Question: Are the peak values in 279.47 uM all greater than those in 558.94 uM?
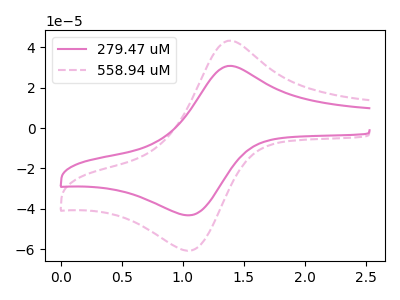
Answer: <think>The pink curve "279.47 uM" has an anodic peak at (1.40V, 30.75uA) and a cathodic peak at (1.05V, -43.25uA). The pink dashed curve "558.94 uM" has an anodic peak at (1.40V, 43.25uA) and a cathodic peak at (1.05V, -60.80uA).</think>
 <answer>Every peak in "279.47 uM" is lower than every peak in "558.94 uM".</answer>
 <eval>lower</eval>